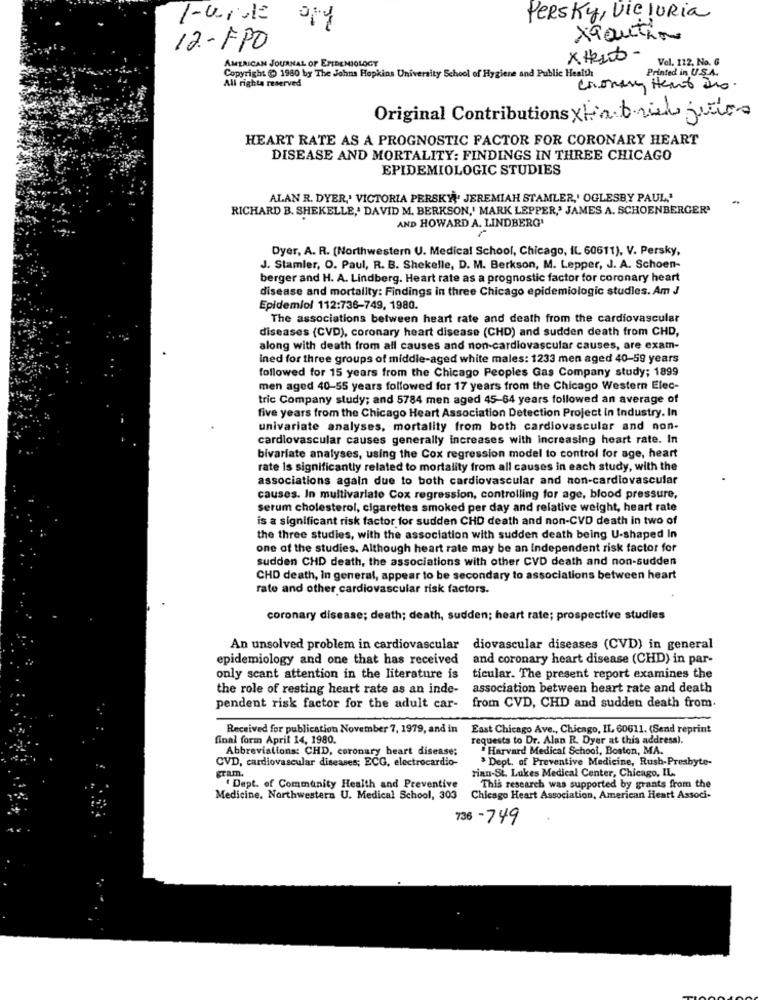
1-vida
PERsky, VICIORia
routine
12-FPO
x Heut -
Vol. 112, No. 6
AMERICAN JOURNAL OF EPIDEMIOLOGY
Copyright ( 1980 by The Johns Hopkins University School of Hygiene and Public Health
All rights reserved
Printed in U.S.A.
Choning Heart Des.
Original Contributions xta tried jucios
HEART RATE AS A PROGNOSTIC FACTOR FOR CORONARY HEART
DISEASE AND MORTALITY: FINDINGS IN THREE CHICAGO
EPIDEMIOLOGIC STUDIES
ALAN R. DYER,' VICTORIA PERSKY\' JEREMIAH STAMLER,' OGLESBY PAUL,"
RICHARD B. SHEKELLE,' DAVID M. BERKSON,' MARK LEPPER,' JAMES A. SCHOENBERGER'
AND HOWARD A. LINDBERG'
Dyer, A. R. (Northwestern U. Medical School, Chicago, IL 60611), V. Persky,
J. Stamler, O. Paul, R. B. Shekelle, D. M. Berkson, M. Lepper, J. A. Schoen-
berger and H. A. Lindberg. Heart rate as a prognostic factor for coronary heart
disease and mortality: Findings in three Chicago epidemiologic studies. Am J
Epidemiol 112:736-749, 1980.
The associations between heart rate and death from the cardiovascular
diseases (CVD), coronary heart disease (CHD) and sudden death from CHD,
along with death from all causes and non-cardiovascular causes, are exam-
ined for three groups of middle-aged white males: 1233 men aged 40-59 years
followed for 15 years from the Chicago Peoples Gas Company study; 1899
men aged 40-55 years followed for 17 years from the Chicago Western Elec-
tric Company study; and 5784 men aged 45-64 years followed an average of
five years from the Chicago Heart Association Detection Project In Industry. In
univariate analyses, mortality from both cardiovascular and non-
cardiovascular causes generally increases with increasing heart rate. In
bivariate analyses, using the Cox regression model to control for age, heart
rate Is significantly related to mortality from all causes in each study, with the
associations again due to both cardiovascular and non-cardiovascular
causes. In multivariate Cox regression, controlling for age, blood pressure,
serum cholesterol, cigarettes smoked per day and relative weight, heart rate
is a significant risk factor for sudden CHD death and non-CVD death in two of
the three studies, with the association with sudden death being U-shaped In
one of the studies. Although heart rate may be an Independent risk factor for
sudden CHD death, the associations with other CVD death and non-sudden
CHD death, In general, appear to be secondary to associations between heart
rate and other cardiovascular risk factors.
coronary disease; death; death, sudden; heart rate; prospective studies
An unsolved problem in cardiovascular diovascular diseases (CVD) in general
epidemiology and one that has received
and coronary heart disease (CHD) in par-
only scant attention in the literature is
ticular. The present report examines the
the role of resting heart rate as an inde-
association between heart rate and death
pendent risk factor for the adult car-
from CVD, CHD and sudden death from.
Received for publication November 7, 1979, and in
East Chicago Ave ., Chicago, IL 60611. (Send reprint
final form April 14, 1980.
requests to Dr. Alan R. Dyer at this address).
Abbreviations: CHD, coronary heart disease;
Harvard Medical School, Boston, MA.
Dept. of Preventive Medicine, Rush-Presbyte-
CVD, cardiovascular diseases; ECG, electrocardio-
gram.
rian-St. Lukes Medical Center, Chicago, IL
Dept. of Community Health and Preventive
This research was supported by grants from the
Medicine, Northwestern U. Medical School, 303
Chicago Heart Association, American Heart Associ-
736-749